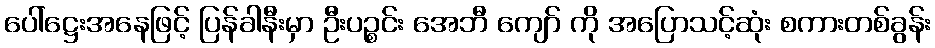
ပေါ်ဋ္ဌေးအနေဖြင့် ပြန်ခါနီးမှာ ဦးပဉ္စင်း အေဘီ ကျော် ကို အပြောသင့်ဆုံး စကားတစ်ခွန်း